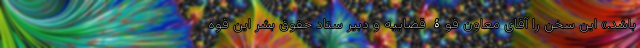
باشد.» این سخن را آقای معاون قوۀ قضاییه و دبیر ستاد حقوق بشر این قوه